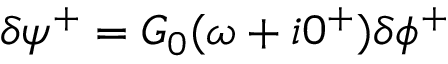
\delta \psi ^ { + } = G _ { 0 } ( \omega + i 0 ^ { + } ) \delta \phi ^ { + }